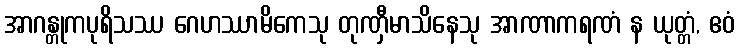
အာဂန္တုကပုရိသဿ ဂေဟဿာမိကေသု တုဏှီမာသိနေသု အာဏာကရဏံ န ယုတ္တံ, ဧဝံ